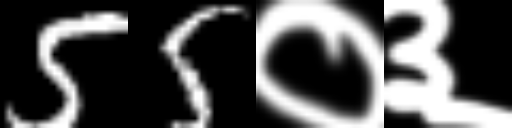
Text: 55०३